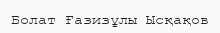
Болат Ғазизұлы Ысқақов